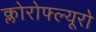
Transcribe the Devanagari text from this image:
क्लोरोफ्ल्यूरो